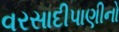
વરસાદીપાણીનો